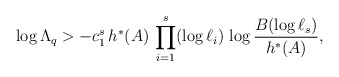
\begin{align*} \log \Lambda_q > - c_1^s \, h^*(A) \, \prod_{i=1}^s (\log \ell_i) \, \log {B (\log \ell_s) \over h^*(A)}, \end{align*}